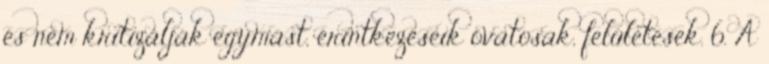
és nem kritizálják egymást, érintkezéseik óvatosak, felületesek. 6. A